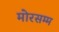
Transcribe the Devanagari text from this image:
मोरसम्म